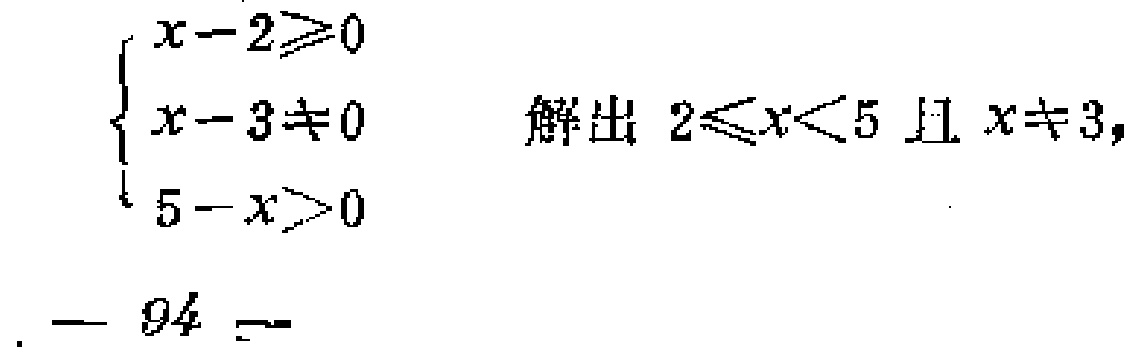
\[

\begin{cases}

x - 2 \geq 0 \\

x - 3 \neq 0 \\

5 - x > 0

\end{cases}

\]

解出 \(2 \leq x < 5\) 且 \(x \neq 3\)，

— 94 —